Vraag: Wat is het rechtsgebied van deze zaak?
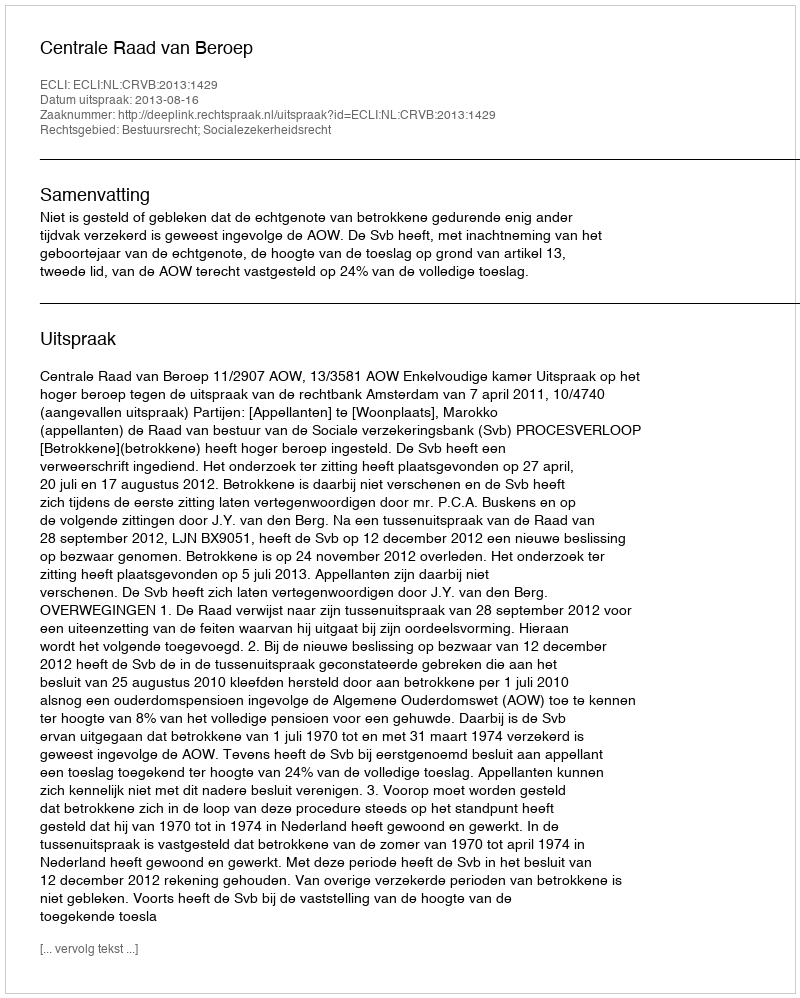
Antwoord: Bestuursrecht; Socialezekerheidsrecht